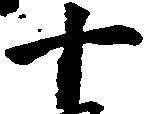
十